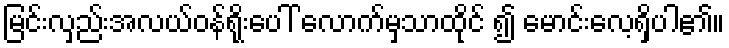
မြင်းလှည်းအလယ်ဝန်ရိုးပေါ် လောက်မှသာထိုင် ၍ မောင်းလေ့ရှိပါ၏။